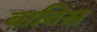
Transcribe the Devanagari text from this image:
बाविस